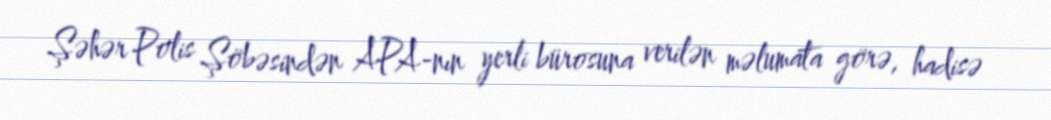
Şəhər Polis Şöbəsindən APA-nın yerli bürosuna verilən məlumata görə, hadisə